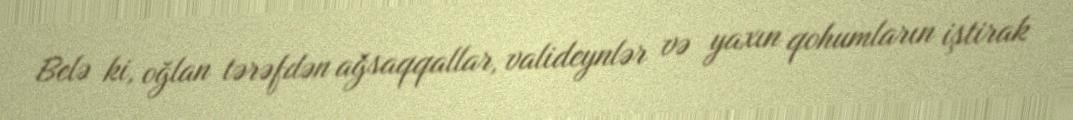
Belə ki, oğlan tərəfdən ağsaqqallar, valideynlər və yaxın qohumların iştirak